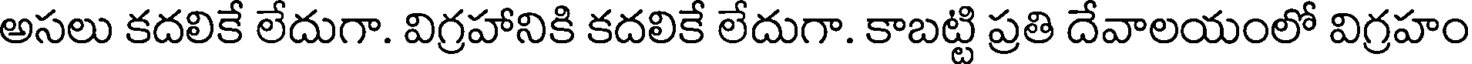
అసలు కదలికే లేదుగా. విగ్రహానికి కదలికే లేదుగా. కాబట్టి ప్రతి దేవాలయంలో విగ్రహం